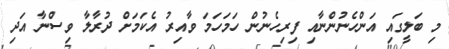
މި ބަލީގައި އަންހެނުންނާއި ފިރިހެނުން ހަމަހަމަ ވާއިރު އެކަމަށް ދުރާލާ ވިސްނާ އަދި